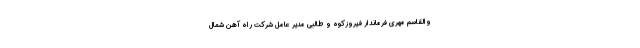
والقاسم مهری فرماندار فیروزکوه و طالبی مدیر عامل شرکت راه آهن شمال